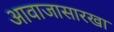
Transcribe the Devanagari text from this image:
आवाजासारखा